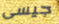
جيسى